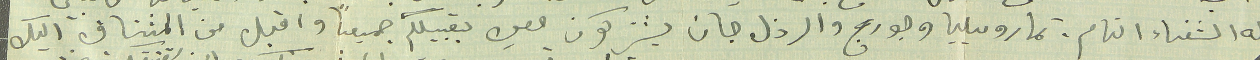
له الشفاء التام . تمار وميليا وجورج والرذل جان يشتركون معي بتقبيلكم جميعًا واقبل من المشتاق اليك